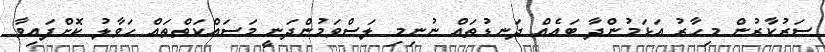
ސަރުކާރުން މިހާރު އަޅަމުންދާ ބައެއް ދަނޑުތައް ނުނިމި ލަސްވަމުންދަނީ މަސައްކަތްތައް ހަވާލު ކޮށްފައިވާ